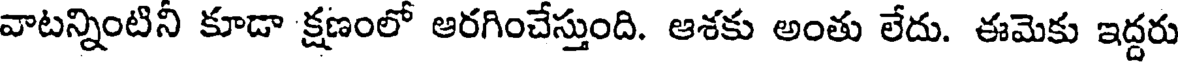
వాటన్నింటినీ కూడా క్షణంలో ఆరగించేస్తుంది. ఆశకు అంతు లేదు. ఈమెకు ఇద్దరు